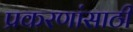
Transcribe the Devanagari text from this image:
प्रकरणांसाठी